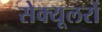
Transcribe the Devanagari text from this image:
सेक्यूलरों